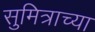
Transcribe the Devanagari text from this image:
सुमित्राच्या